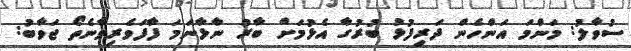
ސުވާލު: މަންމަ އަންހެން ދަރިފުޅު ބުރުގާ އެޅުމަށް ބާރު ނާޅާނަމަ ފާފަވެރިވާނެތޯ ޖަވާބު: